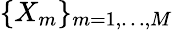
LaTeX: \lbrace X_{m}\rbrace_{m=1,\dots,M}